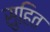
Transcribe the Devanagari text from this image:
सुहित